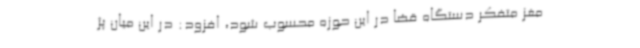
مغز متفکر دستگاه قضا در این حوزه محسوب شود، افزود: در این میان پژ